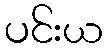
ပင်းယ